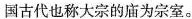
国古代也称大宗的庙为宗室。